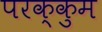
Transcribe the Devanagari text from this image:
परक्कुम